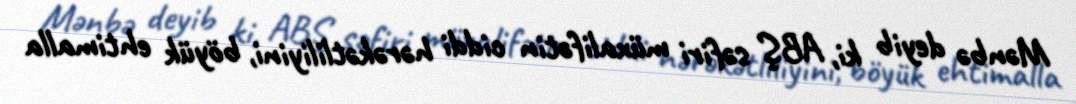
Mənbə deyib ki, ABŞ səfiri müxalifətin ciddi hərəkətliliyini, böyük ehtimalla